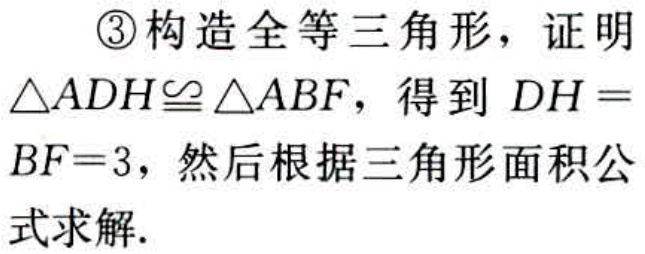
\textcircled{3}构造全等三角形，证明$\triangle ADH\cong\triangle ABF$，得到$DH = BF = 3$，然后根据三角形面积公式求解.